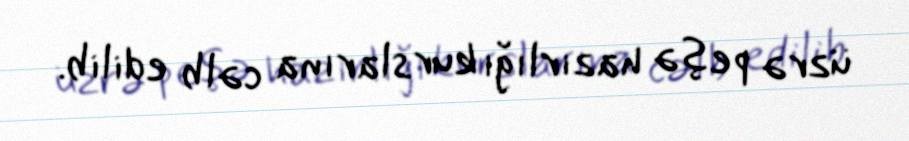
üzrə peşə hazırlığı kurslarına cəlb edilib.